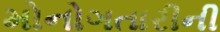
મોનોગતારીની